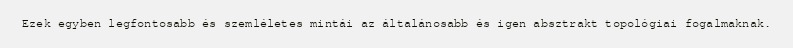
Ezek egyben legfontosabb és szemléletes mintái az általánosabb és igen absztrakt topológiai fogalmaknak.